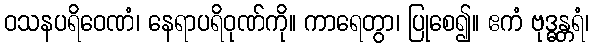
ဝသနပရိဝေဏံ၊ နေရာပရိဝုဏ်ကို။ ကာရေတွာ၊ ပြုစေ၍။ ဧကံ ဗုဒ္ဓန္တရံ၊